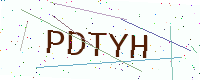
Text: PDTYH